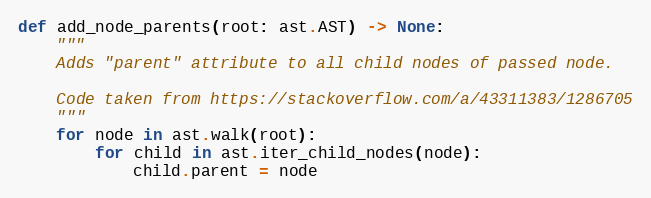
Language: Python
def add_node_parents(root: ast.AST) -> None:
    """
    Adds "parent" attribute to all child nodes of passed node.

    Code taken from https://stackoverflow.com/a/43311383/1286705
    """
    for node in ast.walk(root):
        for child in ast.iter_child_nodes(node):
            child.parent = node